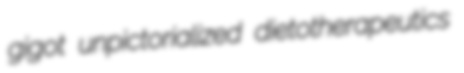
gigot unpictorialized dietotherapeutics